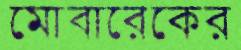
মোবারেকের